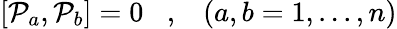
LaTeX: \left[{{\cal P}}_{a},{{\cal P}}_{b}\right]=0\; \; \; ,\; \; \; \left(a,b=1,...,n\right)